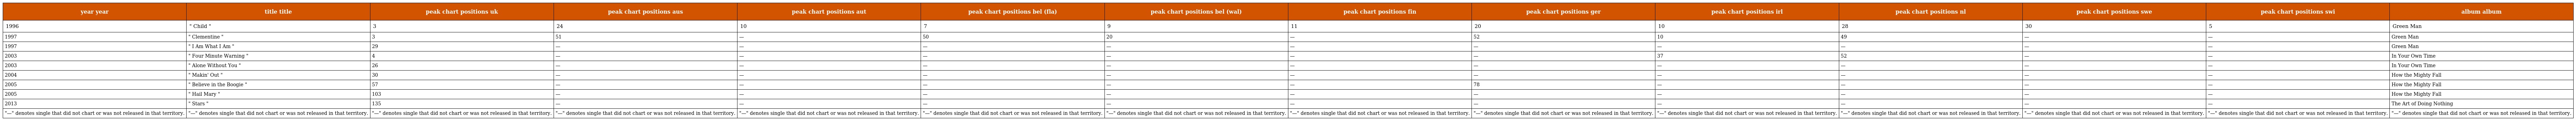
| year year | title title | peak chart positions uk | peak chart positions aus | peak chart positions aut | peak chart positions bel (fla) | peak chart positions bel (wal) | peak chart positions fin | peak chart positions ger | peak chart positions irl | peak chart positions nl | peak chart positions swe | peak chart positions swi | album album |
 | --- | --- | --- | --- | --- | --- | --- | --- | --- | --- | --- | --- | --- | --- |
 | 1996 | " Child " | 3 | 24 | 10 | 7 | 9 | 11 | 20 | 10 | 28 | 30 | 5 | Green Man |
 | 1997 | " Clementine " | 3 | 51 | — | 50 | 20 | — | 52 | 10 | 49 | — | — | Green Man |
 | 1997 | " I Am What I Am " | 29 | — | — | — | — | — | — | — | — | — | — | Green Man |
 | 2003 | " Four Minute Warning " | 4 | — | — | — | — | — | — | 37 | 52 | — | — | In Your Own Time |
 | 2003 | " Alone Without You " | 26 | — | — | — | — | — | — | — | — | — | — | In Your Own Time |
 | 2004 | " Makin' Out " | 30 | — | — | — | — | — | — | — | — | — | — | How the Mighty Fall |
 | 2005 | " Believe in the Boogie " | 57 | — | — | — | — | — | 78 | — | — | — | — | How the Mighty Fall |
 | 2005 | " Hail Mary " | 103 | — | — | — | — | — | — | — | — | — | — | How the Mighty Fall |
 | 2013 | " Stars " | 135 | — | — | — | — | — | — | — | — | — | — | The Art of Doing Nothing |
 | "—" denotes single that did not chart or was not released in that territory. | "—" denotes single that did not chart or was not released in that territory. | "—" denotes single that did not chart or was not released in that territory. | "—" denotes single that did not chart or was not released in that territory. | "—" denotes single that did not chart or was not released in that territory. | "—" denotes single that did not chart or was not released in that territory. | "—" denotes single that did not chart or was not released in that territory. | "—" denotes single that did not chart or was not released in that territory. | "—" denotes single that did not chart or was not released in that territory. | "—" denotes single that did not chart or was not released in that territory. | "—" denotes single that did not chart or was not released in that territory. | "—" denotes single that did not chart or was not released in that territory. | "—" denotes single that did not chart or was not released in that territory. | "—" denotes single that did not chart or was not released in that territory. |